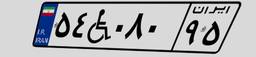
۵۴W۰۸۰۹۵